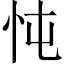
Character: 忳